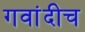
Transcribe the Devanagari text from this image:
गवांदीच